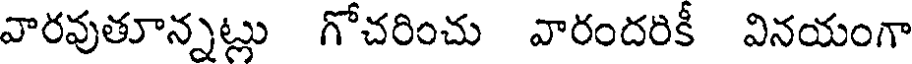
వారవుతూన్నట్లు గోచరించు వారందరికీ వినయంగా